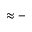
\approx -